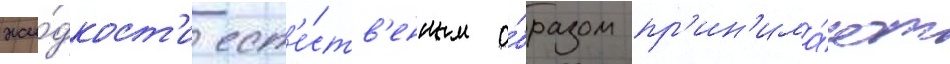
жи́дкост'и ест'е́ств'енным о́бразом пр'ин'има́ют